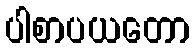
ပါစာပယတော